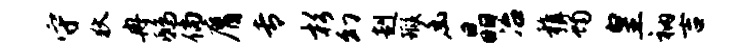
守狄冉鸱倘膺专杉幻赳瑕幽晶冶稚蝎皇衲吉